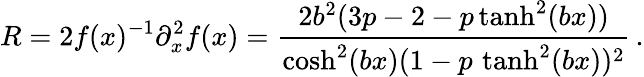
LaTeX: R=2f(x)^{-1}\partial_{x}^{2}f(x)=\frac{2b^{2}(3p-2-p\operatorname{tanh}^{2}(bx))}{\cosh^{2}(bx)(1-p\, \operatorname{tanh}^{2}(bx))^{2}}\, .